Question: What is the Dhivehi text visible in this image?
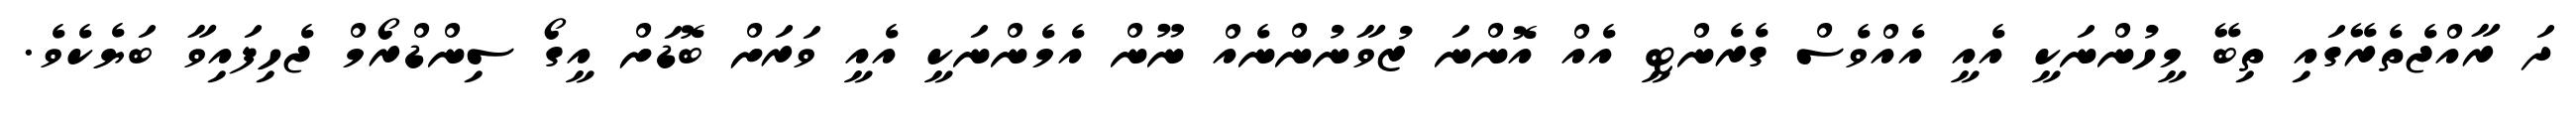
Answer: ދަ ރާއްޖެތެރޭގައި ތިބޭ މީހުންނަކީ އެއީ އެއްވެސް ގެރެންޓީ އެއް އޮންނަ ޒުވާނުންނެއް ނޫން އެމެންނަކީ އެއީ ވަރަށް ބޮޑަށް އީގޯ ސިންޑްރޯމް ޖެހިފައިވާ ބަޔެކެވެ.